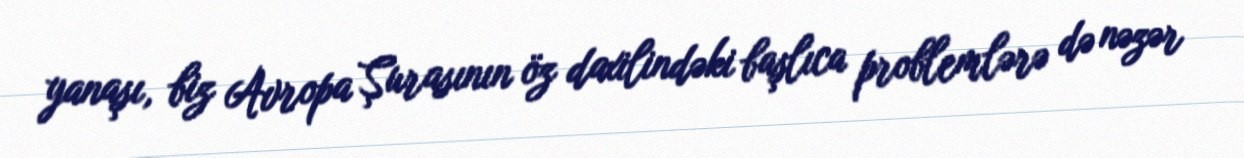
yanaşı, biz Avropa Şurasının öz daxilindəki başlıca problemlərə də nəzər